Riigikantselei, lk 385
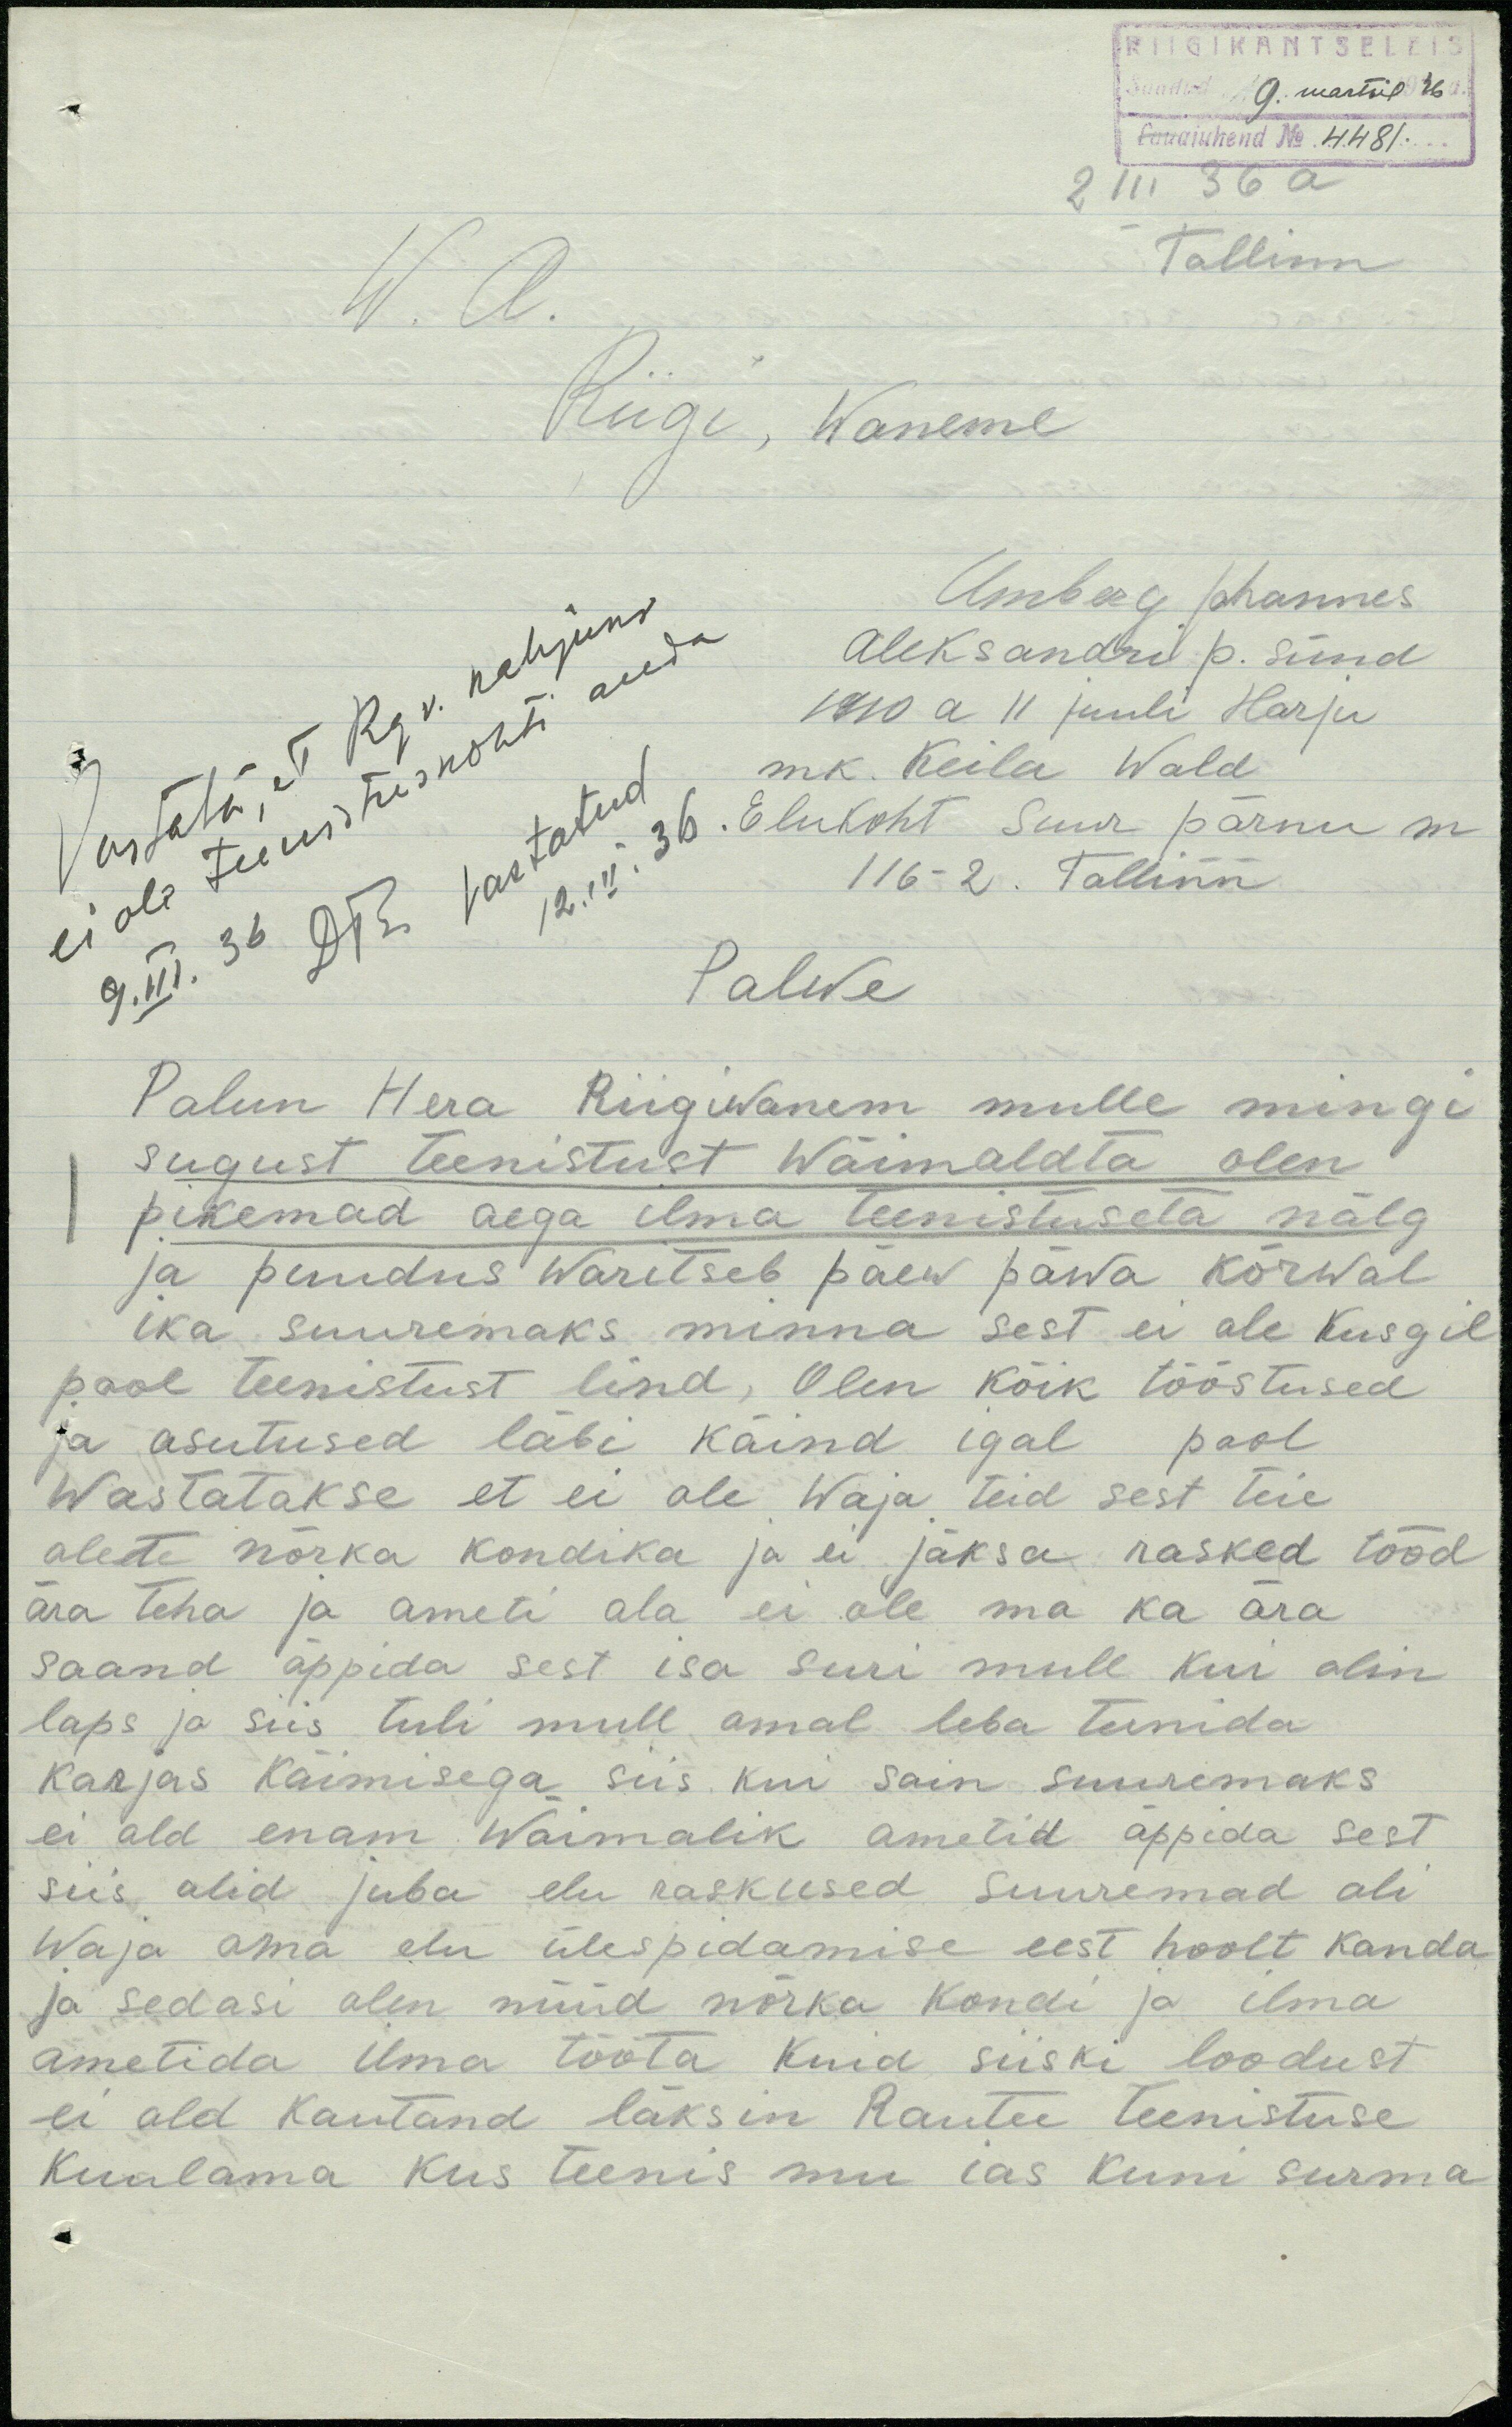
RIIGIKANTSELEIS
Saadud 9. märtsil 1936 a
Lauajuhend No 4481.
2 III 36 a
Tallinn
W. A.
Riigi, Waneme
Umberg Johannes
Aleksandri p. sünd
1910 a 11 juuli Harju
mk. Keila Wald
Elukoht Suur Pärnu m
116 - 2. Tallinn
Vastatud
12. III. 36
Palwe
Palun Hera Riigiwanem mulle mingi
sugust teenistust wõimaldta olen
pikemad aega ilma teenistuseta nälg
ja puudus Waritseb päew päwa kõrwal
ika suuremaks minna sest ei ole kusgil
pool teenistust lind, Olen kõik tööstused
ja asutused läbi käind igal pool
Wastatakse et ei ole Waja teid sest teie
olete nõrka kondika ja ei jäksa rasked tööd
ära teha ja ameti ala ei ole ma ka ära
saand õppida sest isa suri mull kui olin
laps ja siis tuli mull omal leba teenida
karjas käimisega siis kui sain suuremaks
ei old enam Wõimalik ametid õppida sest
siis olid juba elu raskused suuremad oli
waja oma elu ülespidamise eest hoolt kanda
ja sedasi olen nüüd nõrka kondi ja ilma
ametida ilma tööta Kuid siiski loodust
ei old kautand läksin Rautee teenistuse
kuulama kus teenis mu ias kuni surma